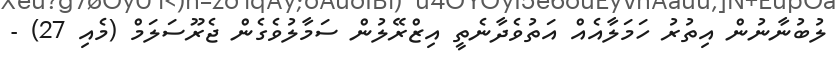
ލުބުނާނުން އިތުރު ހަމަލާއެއް އަތުވެދާނެތީ އިޒްރޭލުން ސަމާލުވެގެން ޖެރޫސަލަމް (މެއި 27) -